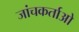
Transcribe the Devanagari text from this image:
जांचकर्ताओ